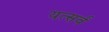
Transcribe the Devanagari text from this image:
यत्सर्वं